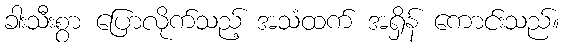
ခါးသီးစွာ ပြောလိုက်သည့် အသံထက် အရှိန် ကောင်းသည်။